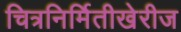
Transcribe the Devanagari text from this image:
चित्रनिर्मितीखेरीज